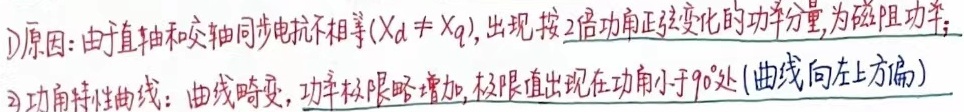
1)原因：由于直轴和交轴同步电抗不相等（$X_d \neq X_q$），出现按2倍功角正弦变化的功率分量，为磁阻功率；
2)功角特性曲线：曲线畸变，功率极限略增加，极限值出现在功角小于$90^{\circ}$处（曲线向左上方偏）